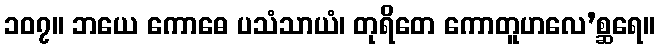
၁၀၇။ ဘယေ ကောဓေ ပသံသာယံ၊ တုရိတေ ကောတူဟလေ’စ္ဆရေ။